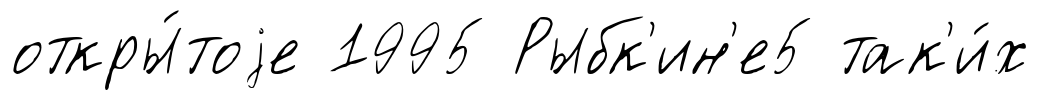
откры́тоjе 1995 Рыбк'ин'е5 так'и́х